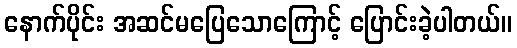
နောက်ပိုင်း အဆင်မပြေသောကြောင့် ပြောင်းခဲ့ပါတယ်။